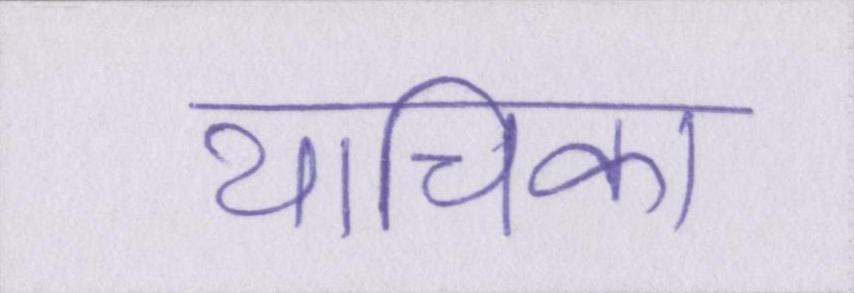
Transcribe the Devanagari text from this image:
याचिका